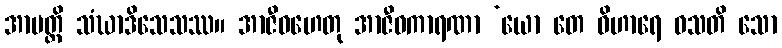
အာပတ္တိ သံဃာဒိသေသဿ။ အာဇီဝဟေတု အာဇီဝကာရဏာ ‘ယော တေ ဝိဟာရေ ဝသတိ သော